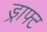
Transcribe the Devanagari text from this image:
ड्राफ्‍ट